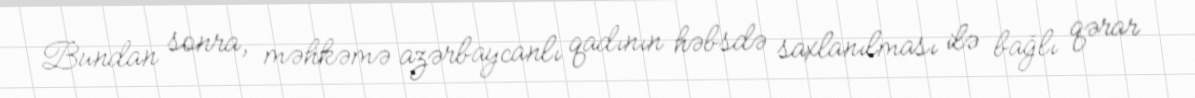
Bundan sonra, məhkəmə azərbaycanlı qadının həbsdə saxlanılması ilə bağlı qərar